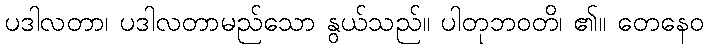
ပဒါလတာ၊ ပဒါလတာမည်သော နွယ်သည်။ ပါတုဘဝတိ၊ ၏။ တေနေဝ